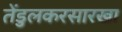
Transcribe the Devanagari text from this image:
तेंडुलकरसारखा